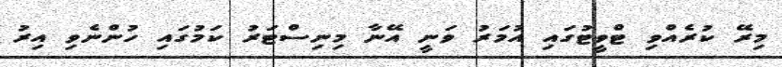
މިރޭ ކުރެއްވި ޓްވީޓުގައި އުމަރު ވަނީ އޭނާ މިނިސްޓަރު ކަމުގައި ހުންނެވި އިރު